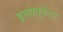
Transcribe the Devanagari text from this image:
इनक्युबेटर